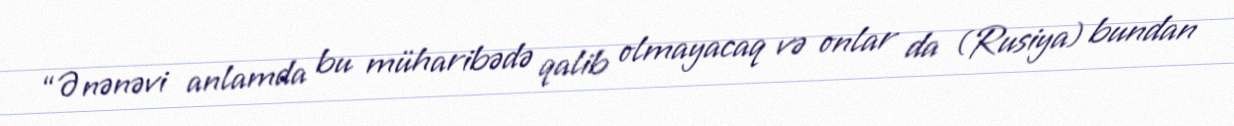
“Ənənəvi anlamda bu müharibədə qalib olmayacaq və onlar da (Rusiya) bundan